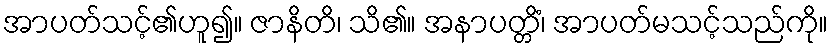
အာပတ်သင့်၏ဟူ၍။ ဇာနိတိ၊ သိ၏။ အနာပတ္တိံ၊ အာပတ်မသင့်သည်ကို။